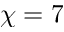
\chi = 7